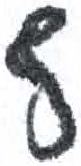
אות: ף